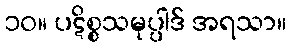
၁၀။ ပဋိစ္စသမုပ္ပါဒ် အရသာ။